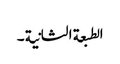
الطبعة الثانیة ۔